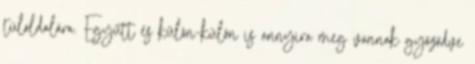
túloldalára. Együtt és külön-külön is annyira meg vannak győződve